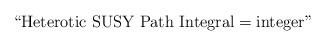
LaTeX: \begin{align*}\hbox{``Heterotic SUSY Path Integral}=\hbox{integer"}\end{align*}